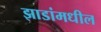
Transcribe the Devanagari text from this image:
झाडांमधील